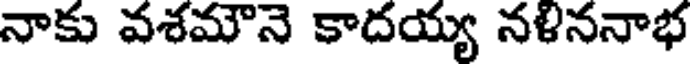
నాకు వశమౌనె కాదయ్య నళిననాభ